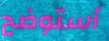
أستوضح